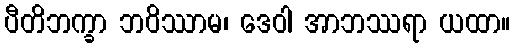
ပီတိဘက္ခာ ဘဝိဿာမ၊ ဒေဝါ အာဘဿရာ ယထာ။